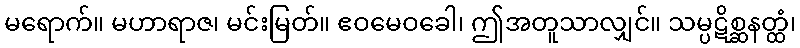
မရောက်။ မဟာရာဇ၊ မင်းမြတ်။ ဧဝမေဝခေါ၊ ဤအတူသာလျှင်။ သမ္ပဋိစ္ဆနတ္ထံ၊